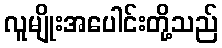
လူမျိုးအပေါင်းတို့သည်